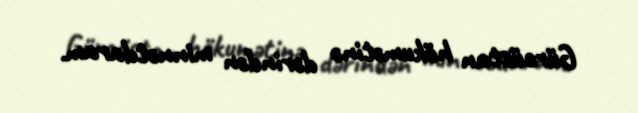
Gürcüstan hökumətinə dərindən minnətdaram.